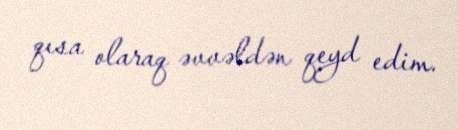
qısa olaraq əvvəldən qeyd edim.